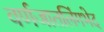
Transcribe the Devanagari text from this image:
वर्णजातलिंगभेद